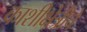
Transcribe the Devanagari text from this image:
काशीक्षेत्रीचे